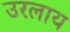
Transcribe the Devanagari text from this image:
उरलाय